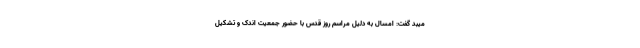
میبد گفت: امسال به دلیل مراسم روز قدس با حضور جمعیت اندک و تشکیل